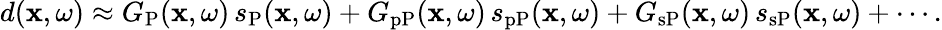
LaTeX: \begin{array}{r}{d(\mathbf{x},\omega)\approx G_{\mathrm{P}}(\mathbf{x},\omega)\, s_{\mathrm{P}}(\mathbf{x},\omega)+G_{\mathrm{pP}}(\mathbf{x},\omega)\, s_{\mathrm{pP}}(\mathbf{x},\omega)+G_{\mathrm{sP}}(\mathbf{x},\omega)\, s_{\mathrm{sP}}(\mathbf{x},\omega)+\cdots.}\end{array}